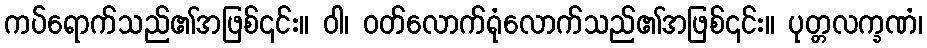
ကပ်ရောက်သည်၏အဖြစ်၎င်း။ ဝါ၊ ဝတ်လောက်ရုံလောက်သည်၏အဖြစ်၎င်း။ ပုတ္တလက္ခဏံ၊